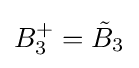
B_{3}^{+}={\tilde {B}}_{3}